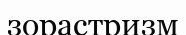
зорастризм